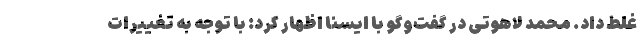
غلط داد. محمد لاهوتی در گفت‌وگو با ایسنا اظهار کرد: با توجه به تغییرات